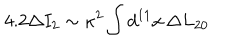
4 . 2 \Delta I _ { 2 } \sim \kappa ^ { 2 } \int d ^ { 1 1 } x \, \Delta L _ { 2 0 }